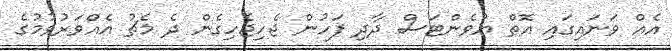
އެއް ވަނައިގައި އޮތް ޔުވެންޓަސް ދާދި ފަހުން ޖެހިޖެހިގެން ދެ މެޗު އެއްވަރުވުމުގެ